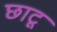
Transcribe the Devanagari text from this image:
छाटू